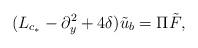
LaTeX: \begin{align*}(L_{c_*} - \partial_y^2 + 4 \delta) \tilde{u}_b = \Pi \tilde{F},\end{align*}